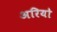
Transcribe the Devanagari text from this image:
अरियो